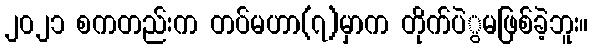
၂၀၂၁ စကတည်းက တပ်မဟာ(၇)မှာက တိုက်ပဲွမဖြစ်ခဲ့ဘူး။